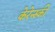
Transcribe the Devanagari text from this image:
केरेन्स्की